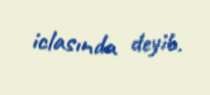
iclasında deyib.